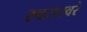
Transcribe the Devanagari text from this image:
स्वरास्वरे